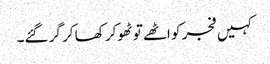
کہیں فجر کو اٹھے تو ٹھوکر کھا کر گر گئے۔